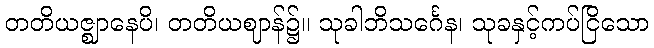
တတိယဇ္ဈာနေပိ၊ တတိယဈာန်၌။ သုခါဘိသင်္ဂေန၊ သုခနှင့်ကပ်ငြိသော